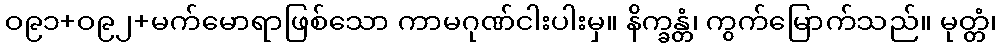
ဝ၉၁+ဝ၉၂+မက်မောရာဖြစ်သော ကာမဂုဏ်ငါးပါးမှ။ နိက္ခန္တံ၊ ကွက်မြောက်သည်။ မုတ္တံ၊